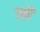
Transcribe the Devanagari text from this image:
उतरैं